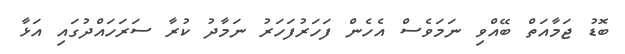
ބޮޑު ޖަމާއަތް ބޭއްވި ނަމަވެސް އެހެން ފަހަރުފަހަރު ނަމާދު ކުރާ ސަރަހައްދުގައި އަޅާ